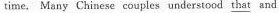
time, Many Chinese couples understood \underline{that} and